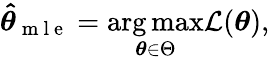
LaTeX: \boldsymbol{\hat{\theta}}_{\mathrm{~m~l~e~}}=\underset{\boldsymbol{\theta}\in\Theta}{\arg\operatorname*{max}}\mathcal{L}(\boldsymbol{\theta}),